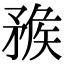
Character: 𥍶